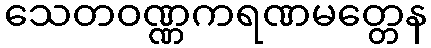
သေတဝဏ္ဏကရဏမတ္တေန